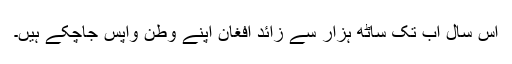
اس سال اب تک ساٹھ ہزار سے زائد افغان اپنے وطن واپس جاچکے ہیں۔